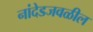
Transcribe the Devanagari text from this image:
नांदेडजवळील